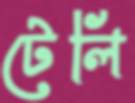
টেলি